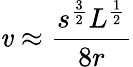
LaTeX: \mathit{v}\approx{\frac{{s^{\frac{{3}}{{2}}}L^{\frac{{1}}{{2}}}}}{{8r}}}